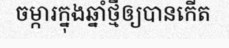
ចម្ការក្នុងឆ្នាំថ្មីឲ្យបានកើត